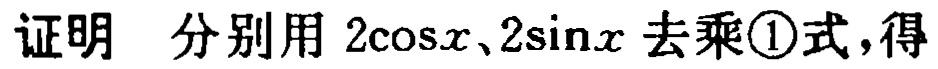
证明 分别用 \(2\cos x、2\sin x\) 去乘\textcircled{1}式，得